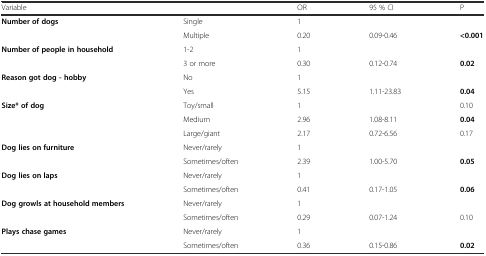
| Variable |  | OR | 95 % CI | P |
 | --- | --- | --- | --- | --- |
 | Number of dogs | Single | 1 |  |  |
 |  | Multiple | 0.20 | 0.09-0.46 | <0.001 |
 | Number of people in household | 1-2 | 1 |  |  |
 |  | 3 or more | 0.30 | 0.12-0.74 | 0.02 |
 | Reason got dog - hobby | No | 1 |  |  |
 |  | Yes | 5.15 | 1.11-23.83 | 0.04 |
 | Size* of dog | Toy/small | 1 |  | 0.10 |
 |  | Medium | 2.96 | 1.08-8.11 | 0.04 |
 |  | Large/giant | 2.17 | 0.72-6.56 | 0.17 |
 | Dog lies on furniture | Never/rarely | 1 |  |  |
 |  | Sometimes/often | 2.39 | 1.00-5.70 | 0.05 |
 | Dog lies on laps | Never/rarely | 1 |  |  |
 |  | Sometimes/often | 0.41 | 0.17-1.05 | 0.06 |
 | Dog growls at household members | Never/rarely | 1 |  |  |
 |  | Sometimes/often | 0.29 | 0.07-1.24 | 0.10 |
 | Plays chase games | Never/rarely | 1 |  |  |
 |  | Sometimes/often | 0.36 | 0.15-0.86 | 0.02 |